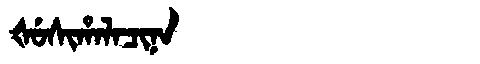
Manchu: ᡧᡠᠰᡳᡥᠠᠯᠠᠴᡳᠨᠠ
Romanization: ŠUSIHALACINA